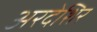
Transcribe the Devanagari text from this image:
अरदेशिर